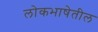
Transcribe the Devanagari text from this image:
लोकभाषेतील